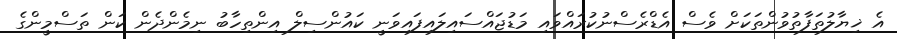
އެ ޚިޔާލުތަފާތުވުންތަކަށް ވެސް އެޑްރެސްނުކުރައްވައި މަޑުޖައްސައިލައިފައިވަނީ ކައުންސިލް އިންތިހާބު ނިމެންދެން ކަން ތަސްމީންގެ